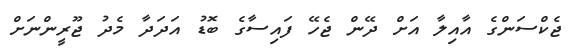
ޖެކްސަންގެ އާއިލާ އަށް ދޭން ޖެހޭ ފައިސާގެ ބޮޑު އަދަދާ މެދު ޖޫރީންނަށް